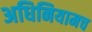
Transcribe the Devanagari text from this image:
अधिनियामच